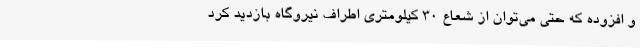
و افزوده که حتی می‌توان از شعاع ۳۰ کیلومتری اطراف نیروگاه بازدید کرد